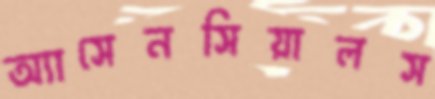
অ্যাসেনসিয়ালস